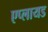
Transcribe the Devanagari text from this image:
एप्लायड